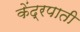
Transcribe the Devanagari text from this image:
केंद्रपाती